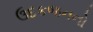
ઉદકજનનો